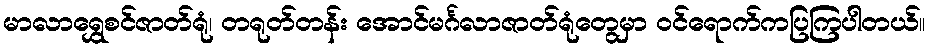
မာလာရွှေစင်ဇာတ်ရုံ၊ တရုတ်တန်း အောင်မင်္ဂလာဇာတ်ရုံတွေမှာ ဝင်ရောက်ကပြကြပါတယ်။